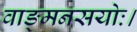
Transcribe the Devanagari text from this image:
वाङ्मनसयोः।